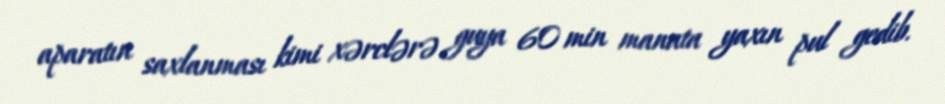
aparatın saxlanması kimi xərclərə guya 60 min manata yaxın pul gedib.